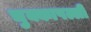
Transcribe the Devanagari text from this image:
चुक्कापल्ली